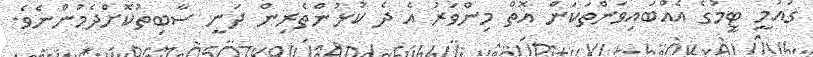
ގައުމީ ޓީމުގެ އެއްބައިވަންތަކަން އޮތް މިންވަރު އެ ދެ ކުޅުންތެރިން ދަނީ ސާބިތުކޮށްދެމުންނެވެ.